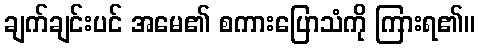
ချက်ချင်းပင် အမေ၏ စကားပြောသံကို ကြားရ၏။